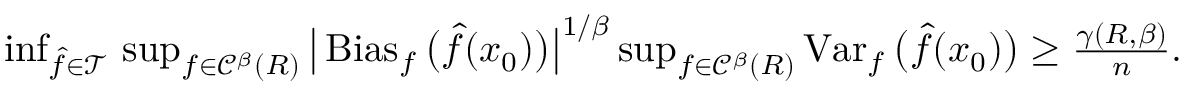
\begin{array} { r } { \operatorname* { i n f } _ { \widehat f \in { \mathcal T } } \, \operatorname* { s u p } _ { f \in { \mathscr C } ^ { \beta } ( R ) } \big | \operatorname { B i a s } _ { f } \big ( \widehat f ( x _ { 0 } ) \big ) \big | ^ { 1 / \beta } \operatorname* { s u p } _ { f \in { \mathscr C } ^ { \beta } ( R ) } \operatorname { V a r } _ { f } \big ( \widehat f ( x _ { 0 } ) \big ) \geq \frac { \gamma ( R , \beta ) } { n } . } \end{array}